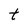
Character: t